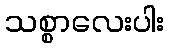
သစ္စာလေးပါး